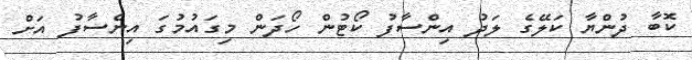
ކޮބާ ދުންޔާ ކަލޭގެ ލަދު އިންސާފު ކޯޓުން ހޯދަން މިގައުމުގަ އިންސާފު އަށް